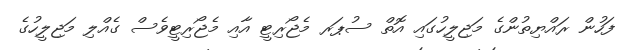
ފަހުން ރައްޔިތުންގެ މަޖިލީހުގައި އޮތް ސުޕަރ މެޖޯރިޓީ އާއި މެޖޯރިޓީވެސް ގެއްލި މަޖިލީހުގެ